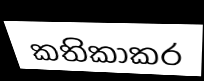
කතිකාකර